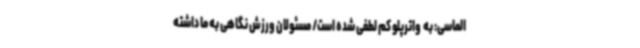
الماسی: به  واترپلو کم لطفی شده است/ مسئولان ورزش نگاهی به ما داشته